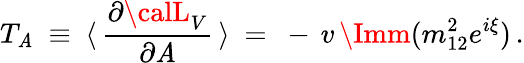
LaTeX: T_{\mathit{A}}\ \equiv\ \langle\, \frac{{\partial{\calL}_{V}}}{{\partial\mathit{A}}}\, \rangle\ =\ -\, v\, \Imm(m_{12}^{2}e^{i\xi})\, .